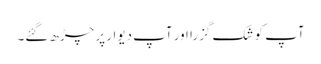
آپ کو شک گزرا اور آپ دیوار پر چڑھ گئے۔